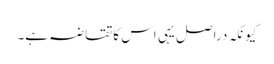
کیونکہ دراصل یہی اس کاتقاضہ ہے۔